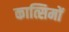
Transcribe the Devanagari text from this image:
कात्सिमों